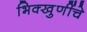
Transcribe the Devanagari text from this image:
भिक्खुणींचे